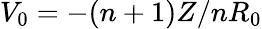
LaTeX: V_{0}=-(n+1)Z/nR_{0}